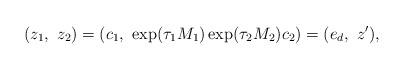
LaTeX: \begin{align*}(z_1,\ z_2) = (c_1,\ \exp(\tau_1M_1)\exp(\tau_2M_2)c_2) =(e_d,\ z'),\end{align*}